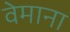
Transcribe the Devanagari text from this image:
वेमाना